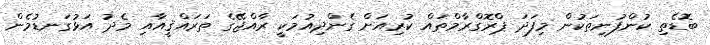
ބޮޑެތި ކުންފުނިތަކުން މިފަދަ ޕްރޮގްރާމްތައް ކުރިއަށް ގެންދިއުމަކީ ރާއްޖޭގެ ތަރައްޤީއާއި މެދު އަޅުގަނޑުމެން